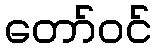
တော်ဝင်